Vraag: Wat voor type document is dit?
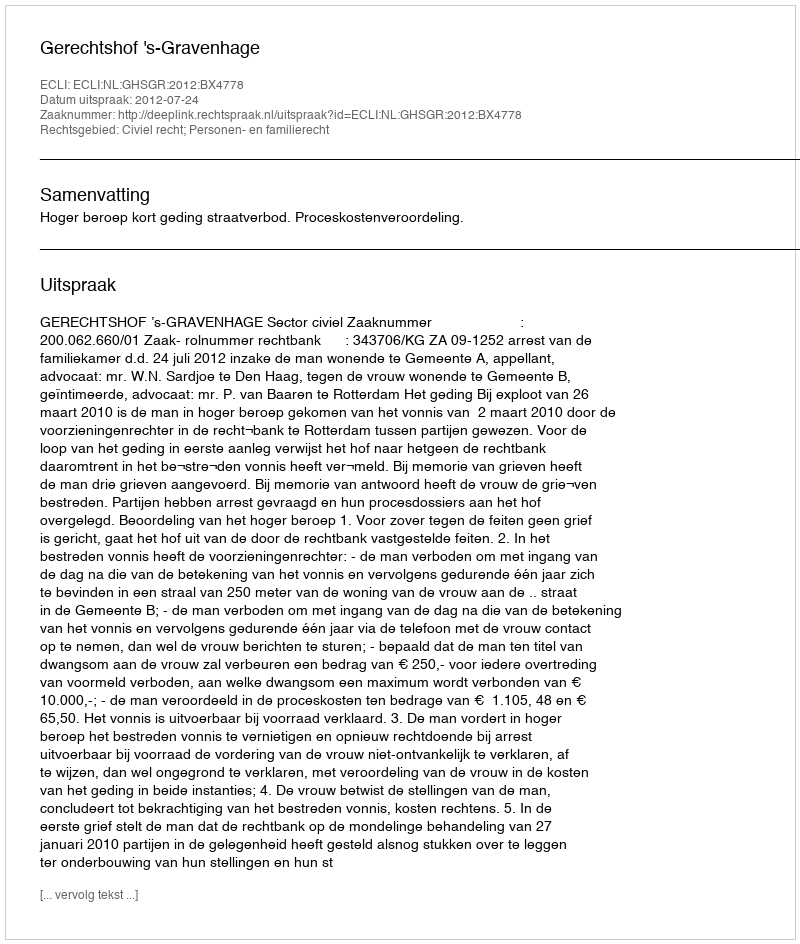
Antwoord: Uitspraak